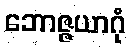
ဘောဇ္ဇယာဂုံ